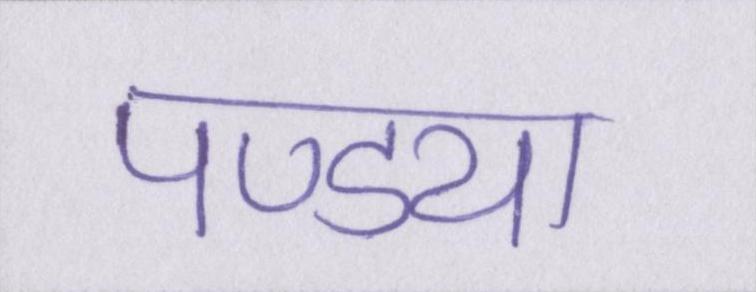
पण्ड्या